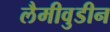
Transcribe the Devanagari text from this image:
लैमीवुडीन